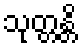
သုတ္တန္တိ